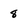
Character: 8